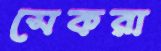
সেকরা